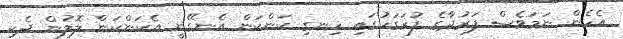
އެހެން ނަމަވެސް ފަރުދާގެ ފުރަގަހުގައި ހިނގި ކަންކަން އެނގޭނީ އެކަންކަން ލޮލުން ދެކި